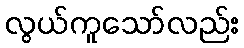
လွယ်ကူသော်လည်း